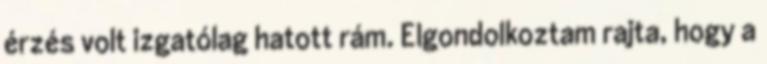
érzés volt izgatólag hatott rám. Elgondolkoztam rajta, hogy a